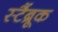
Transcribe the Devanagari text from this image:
स्टैंब्रूक